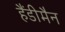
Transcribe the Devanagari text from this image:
हैंडीमैन